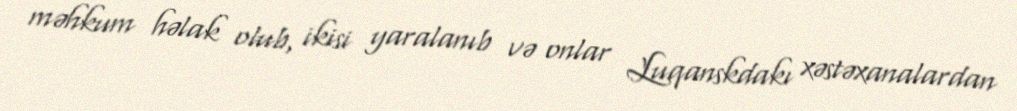
məhkum həlak olub, ikisi yaralanıb və onlar Luqanskdakı xəstəxanalardan